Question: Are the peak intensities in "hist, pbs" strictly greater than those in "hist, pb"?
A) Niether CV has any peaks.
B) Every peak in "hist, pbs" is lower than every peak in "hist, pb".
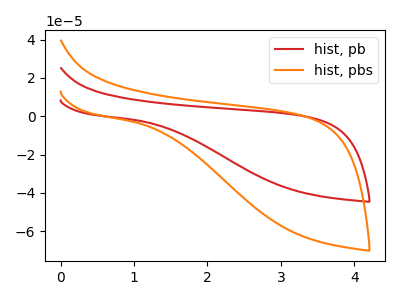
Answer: <think>The red curve "hist, pb" has no peaks. The orange curve "hist, pbs" has no peaks.</think>
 <answer>A) Niether CV has any peaks.</answer>
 <eval>A</eval>